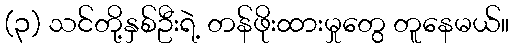
(၃) သင်တို့နှစ်ဦးရဲ့ တန်ဖိုးထားမှုတွေ တူနေမယ်။